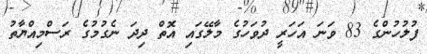
ފުލުހުންގެ 83 ވަނަ އަހަރީ ދުވަހުގެ މާލޭގައި އޮތް ދިދަ ނެގުމުގެ ރަސްމިއްޔާތު